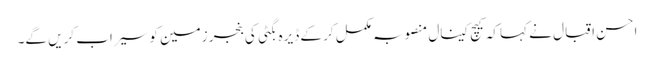
احسن اقبال نے کہا کہ کیچ کینال منصوبہ مکمل کر کے ڈیرہ بگٹی کی بنجر زمین کو سیراب کریں گے۔